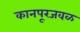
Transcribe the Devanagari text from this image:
कानपूरजवळ